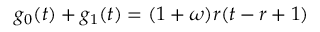
g _ { 0 } ( t ) + g _ { 1 } ( t ) = ( 1 + \omega ) r ( t - r + 1 )